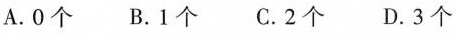
A.0个 B.1个 C.2个 D.3个